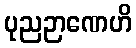
ပုညဉာဏေဟိ